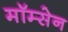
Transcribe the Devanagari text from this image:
मॉम्सेन